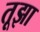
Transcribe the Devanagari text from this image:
तूझा